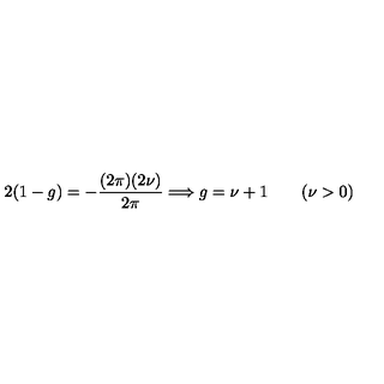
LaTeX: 2 ( 1 - g ) = - \frac { ( 2 \pi ) ( 2 \nu ) } { 2 \pi } \Longrightarrow g = \nu + 1 \qquad ( \nu > 0 )